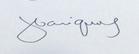
Signature authenticity: genuine